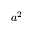
a ^ { 2 }